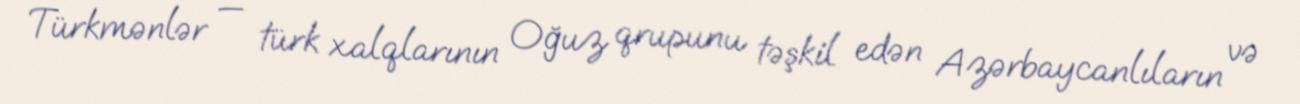
Türkmənlər — türk xalqlarının Oğuz qrupunu təşkil edən Azərbaycanlıların və